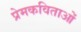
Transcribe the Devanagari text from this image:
प्रेमकविताओं